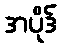
အပိုဒ်